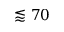
\lessapprox 7 0